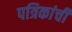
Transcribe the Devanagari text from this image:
पत्रिकांची